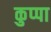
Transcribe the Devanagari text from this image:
कुप्‍पा